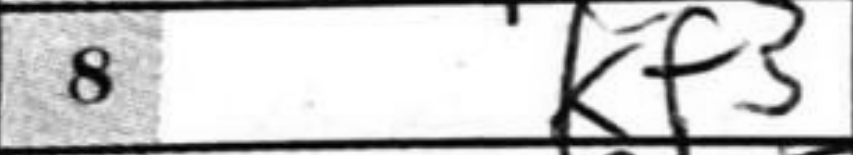
Transcription: Kf3